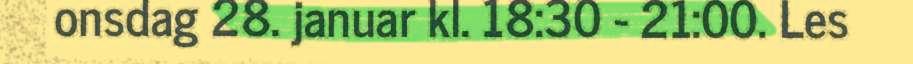
onsdag 28. januar kl. 18:30 - 21:00. Les